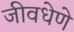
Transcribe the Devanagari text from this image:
जीवधेणे